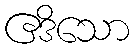
ဧဒိသော